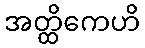
အတ္ထိကေဟိ